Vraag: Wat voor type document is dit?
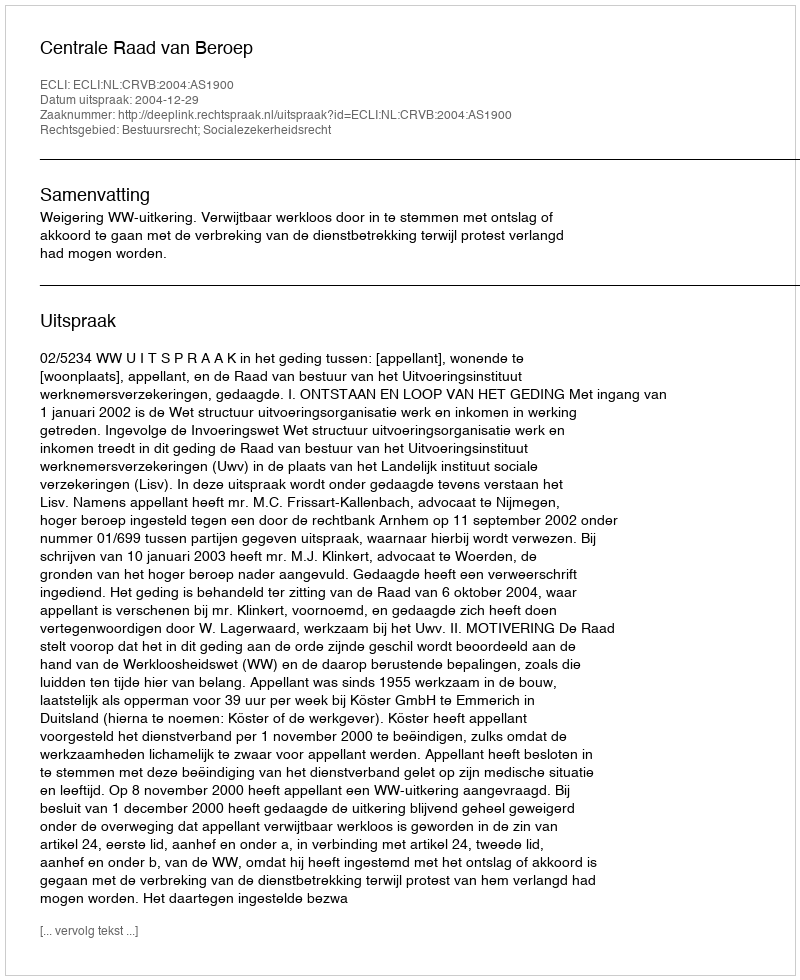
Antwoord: Uitspraak